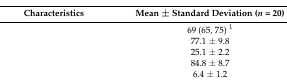
<table><thead><tr><td><b>Characteristics</b></td><td><b>Mean ± Standard Deviation (<i>n</i> = 20)</b></td></tr></thead><tbody><tr><td>[EMPTY_CELL]</td><td>69 (65, 75) <sup>1</sup></td></tr><tr><td>[EMPTY_CELL]</td><td>77.1 ± 9.8</td></tr><tr><td>[EMPTY_CELL]</td><td>25.1 ± 2.2</td></tr><tr><td>[EMPTY_CELL]</td><td>84.8 ± 8.7</td></tr><tr><td>[EMPTY_CELL]</td><td>6.4 ± 1.2</td></tr></tbody></table>